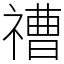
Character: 䄚